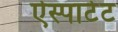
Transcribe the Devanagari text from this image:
ऐस्पार्टेट